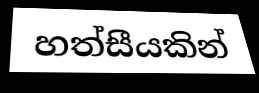
හත්සීයකින්